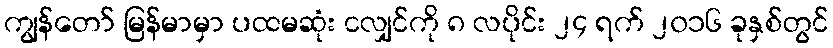
ကျွန်တော် မြန်မာမှာ ပထမဆုံး ငလျှင်ကို ၈ လပိုင်း ၂၄ ရက် ၂၀၁၆ ခုနှစ်တွင်